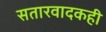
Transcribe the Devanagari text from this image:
सतारवादकही